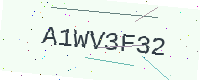
Text: A1WV3F32